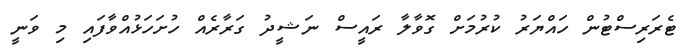
ޓެރަރިސްޓުން ހައްޔަރު ކުރުމަށް ގޮވާލާ ރައީސް ނަޝީދު ގަރާރެއް ހުށަހަޅުއްވާފައި މި ވަނީ